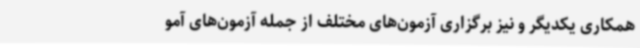
همکاری یکدیگر و نیز برگزاری آزمون‌های مختلف از جمله آزمون‌های آمو